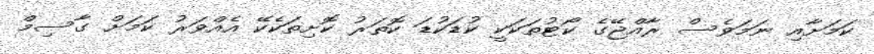
ކަމަށާއި ނަމަވެސް ރާއްޖޭގެ ކޯޓުތަކަކީ ކުޑަކުޑަ ކޮތަރު ކޮށިތަކެކޭ އެއްވަރު ކަމަށް ގާސިމް